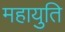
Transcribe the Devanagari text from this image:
महायुति